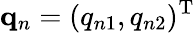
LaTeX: \mathbf{q}_{n}=(q_{n1},q_{n2})^{\mathrm{T}}